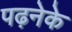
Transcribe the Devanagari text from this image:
पढ़नेके